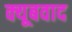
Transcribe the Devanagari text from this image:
क्यूबवाद